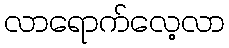
လာရောက်လေ့လာ